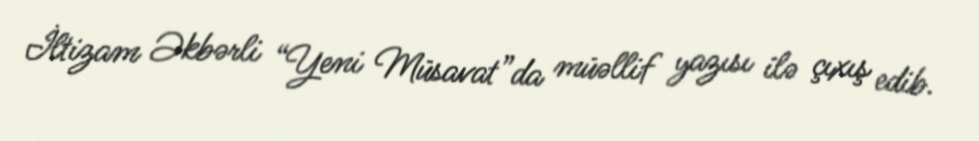
İltizam Əkbərli “Yeni Müsavat”da müəllif yazısı ilə çıxış edib.